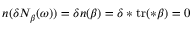
\boldsymbol { n } ( \delta N _ { \beta } ( \omega ) ) = \delta \boldsymbol { n } ( \beta ) = \delta \ast \mathrm { t r } ( \ast \beta ) = 0